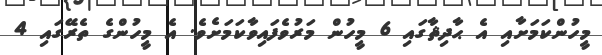
މީހުންކަމަށާއި އެ ޙާދިޘާގައި 6 މީހުން މަރުވެފައިވާކަމަށެވެ. އެ މީހުންގެ ތެރޭގައި 4